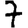
Digit: 7